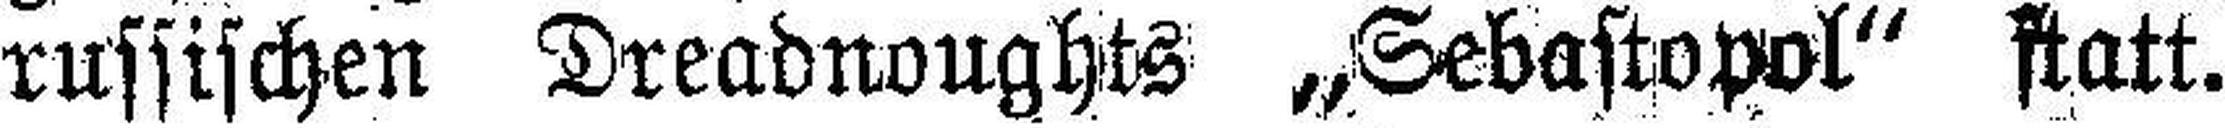
russischen Dreadnoughts „Sebastopol“ statt.